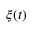
\xi ( t )